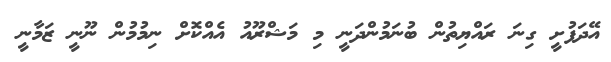
އޭދަފުށީ ގިނަ ރައްޔިތުން ބުނަމުންދަނީ މި މަޝްރޫއު އެއްކޮށް ނިމުމުން ނޫނީ ޒަމާނީ